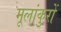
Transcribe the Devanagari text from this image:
मूलांकुरों